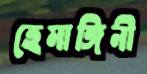
হেমাঙ্গিনী